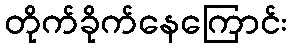
တိုက်ခိုက်နေကြောင်း